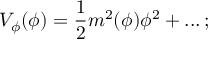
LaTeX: V _ { \phi } ( \phi ) = { \frac { 1 } { 2 } } m ^ { 2 } ( \phi ) \phi ^ { 2 } + . . . \, ;